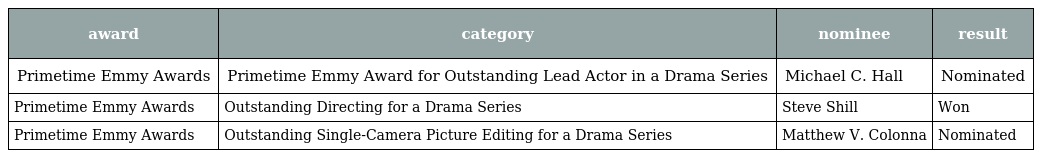
| award | category | nominee | result |
 | --- | --- | --- | --- |
 | Primetime Emmy Awards | Primetime Emmy Award for Outstanding Lead Actor in a Drama Series | Michael C. Hall | Nominated |
 | Primetime Emmy Awards | Outstanding Directing for a Drama Series | Steve Shill | Won |
 | Primetime Emmy Awards | Outstanding Single-Camera Picture Editing for a Drama Series | Matthew V. Colonna | Nominated |